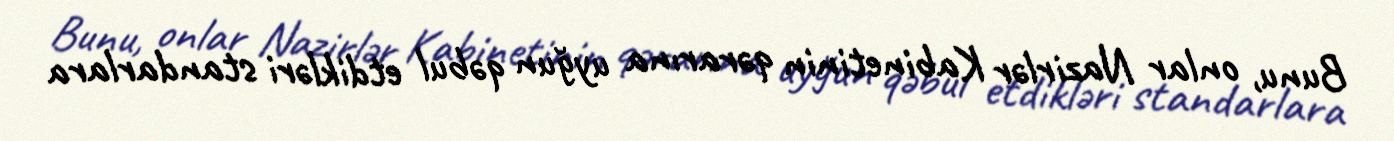
Bunu, onlar Nazirlər Kabinetinin qərarına uyğun qəbul etdikləri standarlara